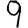
Digit: 9